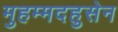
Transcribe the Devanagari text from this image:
मुहम्मदहुसेन